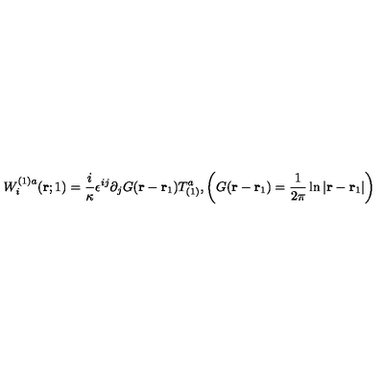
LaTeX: W _ { i } ^ { ( 1 ) a } ( { \bf r } ; 1 ) = \frac { i } { \kappa } \epsilon ^ { i j } \partial _ { j } G ( { \bf r } - { \bf r } _ { 1 } ) T _ { ( 1 ) } ^ { a } , \left( G ( { \bf r } - { \bf r } _ { 1 } ) = \frac { 1 } { 2 \pi } \ln | { \bf r } - { \bf r } _ { 1 } | \right)